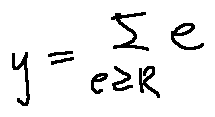
y = \sum \limits _ { e \geq R } e